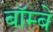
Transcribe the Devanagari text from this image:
बॉम्‍बे